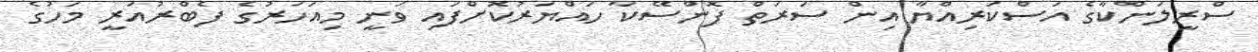
ސްރީލަންކާގެ އަސްކަރިއްޔާ އިން ސަރަތް ފޮންސޭކާ ހައްޔަރުކޮށްފައި ވަނީ މިއަހަރުގެ ފެބްރުއަރީ މަހުގެ